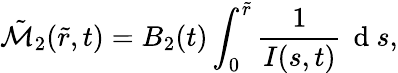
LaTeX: \tilde{\mathcal{M}}_{2}(\tilde{r},t)=B_{2}(t)\int_{0}^{\tilde{r}}\frac{1}{I(s,t)}\, \mathrm{~d~}s,